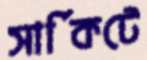
সার্কিটে